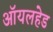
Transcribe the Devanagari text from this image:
ऑयलहेड